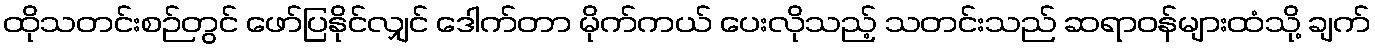
ထိုသတင်းစဉ်တွင် ဖော်ပြနိုင်လျှင် ဒေါက်တာ မိုက်ကယ် ပေးလိုသည့် သတင်းသည် ဆရာဝန်များထံသို့ ချက်